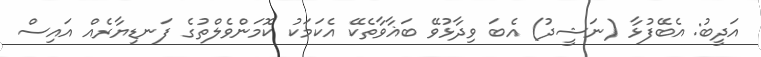
އަދީބު: އެބޭފުޅާ (ނަޝީދު) އެބަ ވިދާޅުވޭ ބަޣާވާތެކޭ އެކަމަކު ކޮމަންވެލްތުގެ ފަނޑިޔާރެއް އައިސް